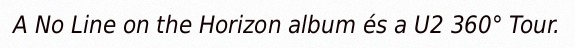
A No Line on the Horizon album és a U2 360° Tour.